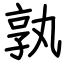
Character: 孰